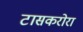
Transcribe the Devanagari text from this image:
टासकरोरा